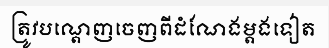
ត្រូវបណ្តេញចេញពីដំណែងម្តងទៀត